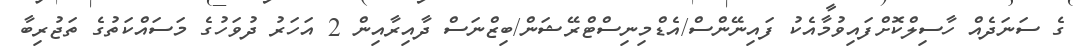
ގެ ސަނަދެއް ހާސިލްކޮށްފައިވުމާއެކު ފައިނޭންސް/އެޑްމިނިސްޓްރޭޝަން/ބިޒްނަސް ދާއިރާއިން 2 އަހަރު ދުވަހުގެ މަސައްކަތުގެ ތަޖުރިބާ